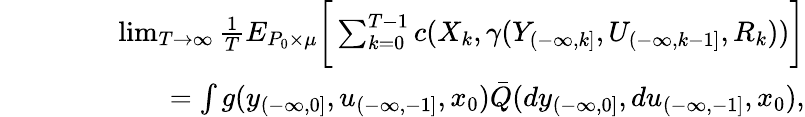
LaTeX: \begin{array}{rlr}&{}&{\operatorname*{lim}_{T\to\infty}{\frac{1}{T}}E_{P_{0}\times\mu}\bigg[\sum_{k=0}^{T-1}c(X_{k},\gamma(Y_{(-\infty,k]},U_{(-\infty,k-1]},R_{k}))\bigg]}\\ &{}&{\quad\quad\quad\quad=\int g(y_{(-\infty,0]},u_{(-\infty,-1]},x_{0})\bar{Q}(dy_{(-\infty,0]},du_{(-\infty,-1]},x_{0}),}\end{array}